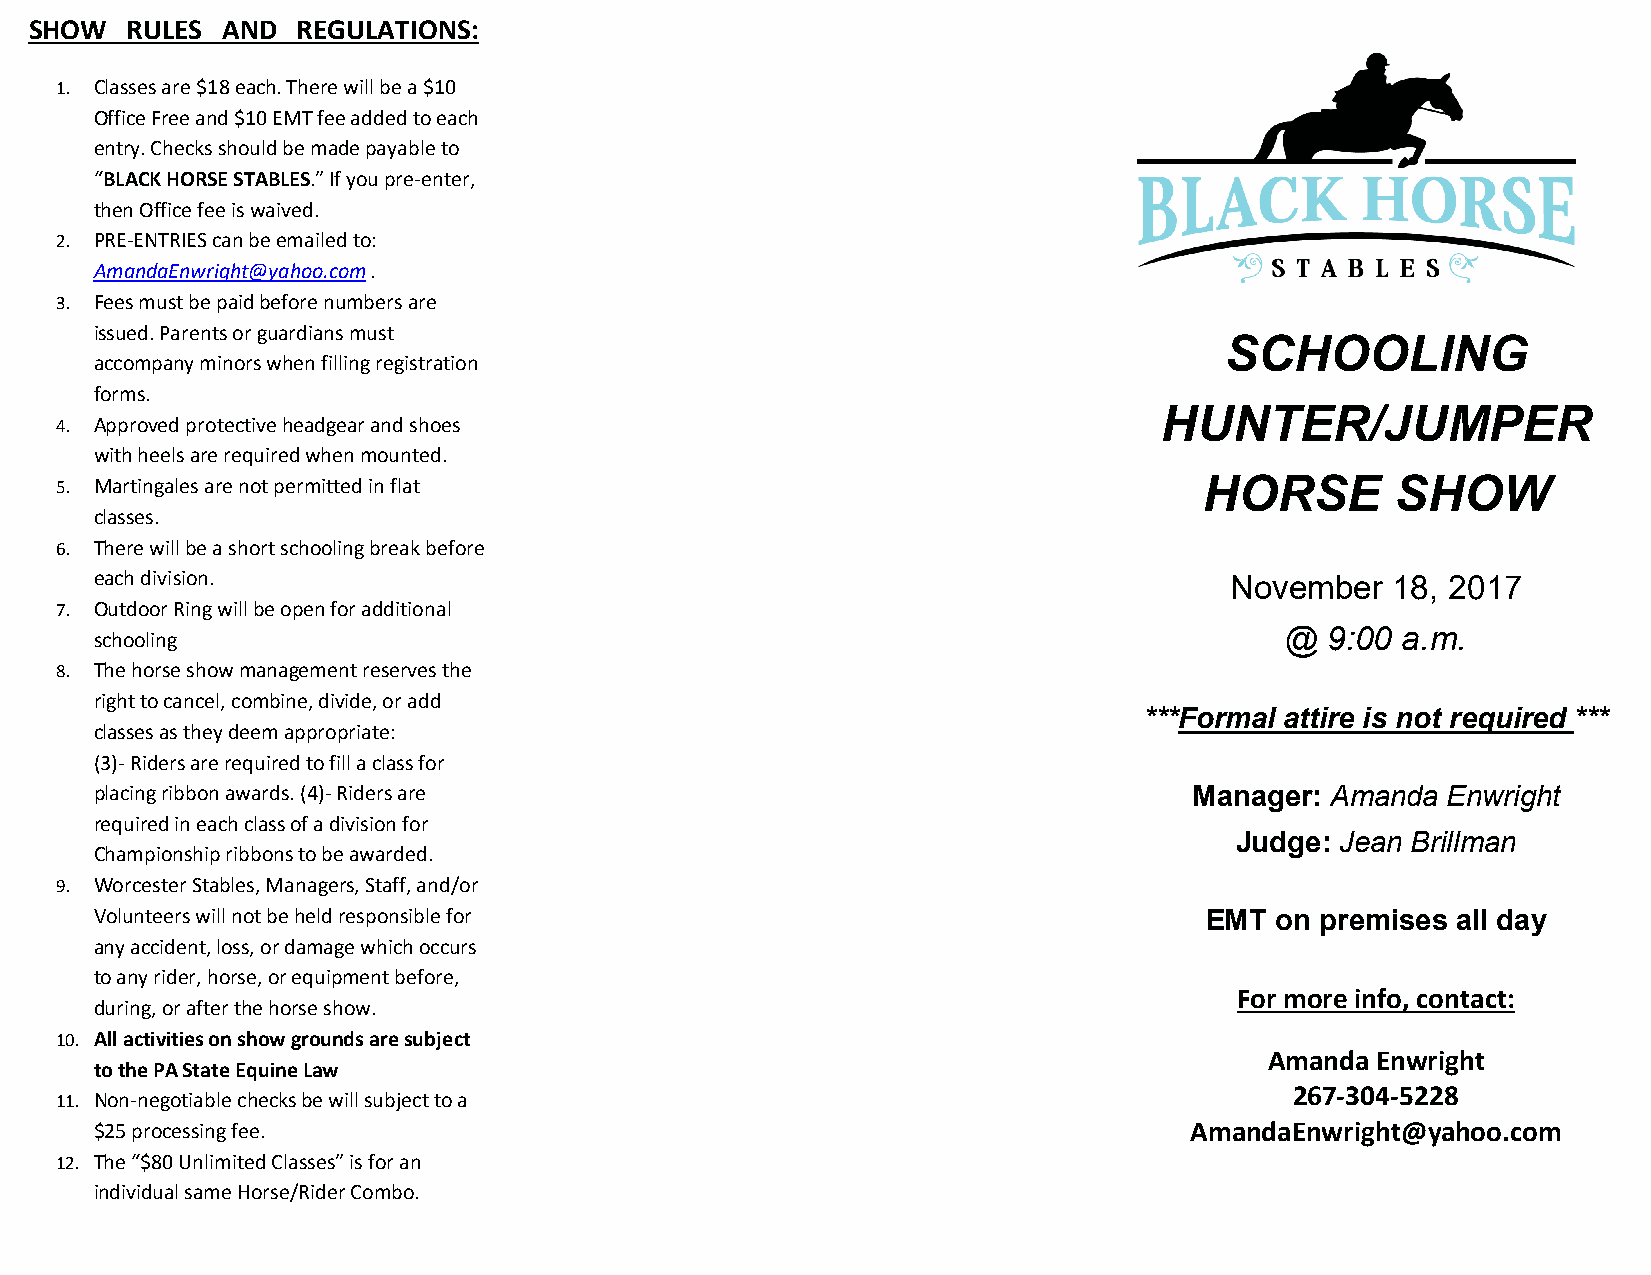
SHOW  RULES  AND  REGULATIONS:
 1. Classes are $18 each. There will be a $10
 Office Free and $10 EMT fee added to each
 entry. Checks should be made payable to
 “BLACK HORSE STABLES.” If you pre-enter,
 then Office fee is waived.
 2. PRE-ENTRIES can be emailed to:
 AmandaEnwright@yahoo.com .
 3. Fees must be paid before numbers are
 issued. Parents or guardians must
 SCHOOLING
 accompany minors when filling registration
 forms.
 HUNTER/JUMPER
 4. Approved protective headgear and shoes
 with heels are required when mounted.
 5. Martingales are not permitted in flat                                    HORSE       SHOW
 classes.
 6. There will be a short schooling break before
 each division.                                                             November   18, 2017
 7. Outdoor Ring will be open for additional
 @  9:00 a.m.
 schooling
 8. The horse show management reserves the
 right to cancel, combine, divide, or add
 ***Formal attire is not required ***
 classes as they deem appropriate:
 (3)- Riders are required to fill a class for
 placing ribbon awards. (4)- Riders are                                   Manager: Amanda  Enwright
 required in each class of a division for
 Judge: Jean Brillman
 Championship ribbons to be awarded.
 9. Worcester Stables, Managers, Staff, and/or
 Volunteers will not be held responsible for                               EMT on premises all day
 any accident, loss, or damage which occurs
 to any rider, horse, or equipment before,
 For more info, contact:
 during, or after the horse show.
 10. All activities on show grounds are subject
 Amanda Enwright
 to the PA State Equine Law
 267-304-5228
 11. Non-negotiable checks be will subject to a
 $25 processing fee.                                                      AmandaEnwright@yahoo.com
 12. The “$80 Unlimited Classes” is for an
 individual same Horse/Rider Combo.